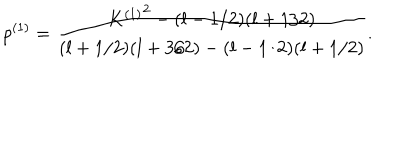
p ^ { ( 1 ) } = \frac { { K ^ { ( 1 ) } } ^ { 2 } - ( l - 1 / 2 ) ( l + 1 / 2 ) } { ( l + 1 / 2 ) ( l + 3 / 2 ) - ( l - 1 / 2 ) ( l + 1 / 2 ) } .